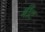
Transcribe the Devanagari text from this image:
बींट